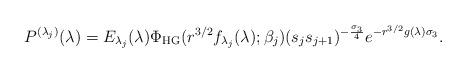
LaTeX: \begin{align*}P^{(\lambda_{j})}(\lambda) = E_{\lambda_{j}}(\lambda) \Phi_{\mathrm{HG}}(r^{3/2}f_{\lambda_{j}}(\lambda);\beta_{j})(s_{j}s_{j+1})^{-\frac{\sigma_{3}}{4}}e^{-r^{3/2}g(\lambda)\sigma_{3}}.\end{align*}